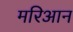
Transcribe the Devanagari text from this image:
मरिआन